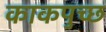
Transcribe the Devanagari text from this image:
काकपुच्छ